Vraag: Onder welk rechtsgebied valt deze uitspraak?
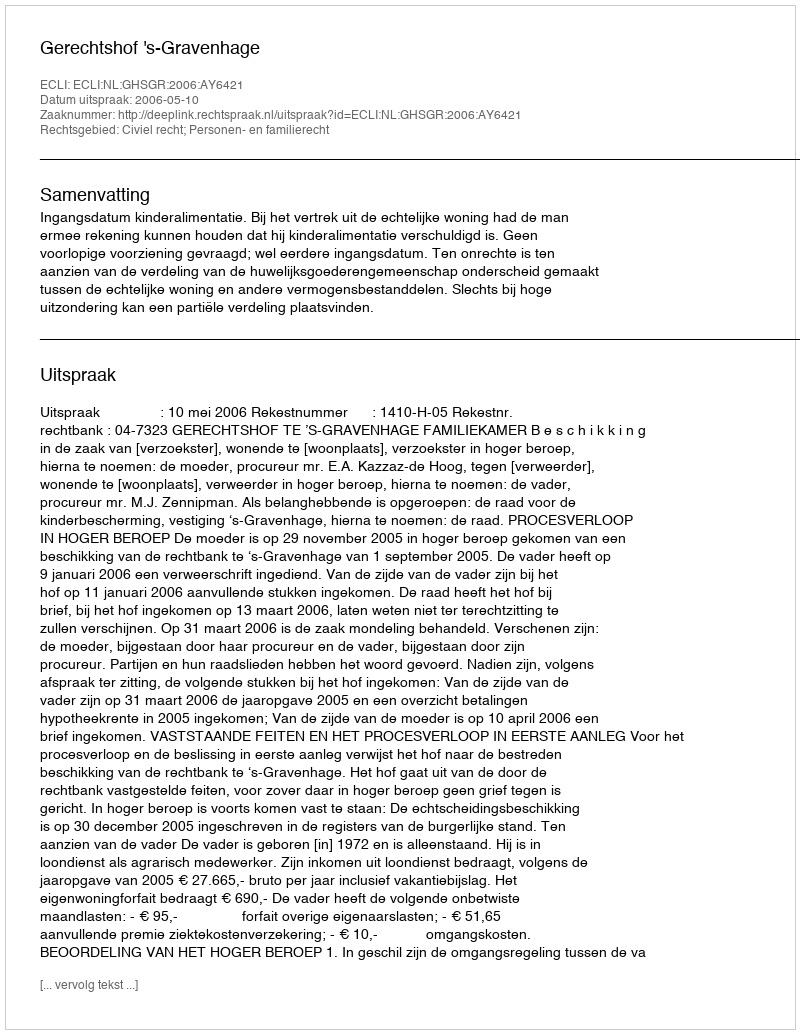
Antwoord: Civiel recht; Personen- en familierecht